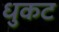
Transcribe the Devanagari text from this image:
धुकट